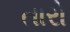
તારો